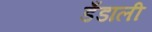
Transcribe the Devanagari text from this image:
डँडाली